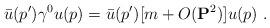
LaTeX: \begin{align*}\bar u(p') \gamma^0 u(p) = \bar u(p') [ m + O({\bf P}^2) ] u(p) \,\, .\end{align*}